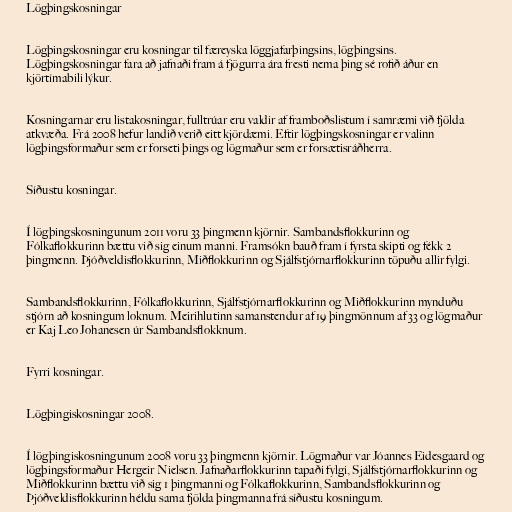
Lögþingskosningar

Lögþingskosningar eru kosningar til færeyska löggjafarþingsins, lögþingsins.
Lögþingskosningar fara að jafnaði fram á fjögurra ára fresti nema þing sé rofið áður en
kjörtímabili lýkur.

Kosningarnar eru listakosningar, fulltrúar eru valdir af framboðslistum í samræmi við fjölda
atkvæða. Frá 2008 hefur landið verið eitt kjördæmi. Eftir lögþingskosningar er valinn
lögþingsformaður sem er forseti þings og lögmaður sem er forsætisráðherra.

Síðustu kosningar.

Í lögþingskosningunum 2011 voru 33 þingmenn kjörnir. Sambandsflokkurinn og
Fólkaflokkurinn bættu við sig einum manni. Framsókn bauð fram í fyrsta skipti og fékk 2
þingmenn. Þjóðveldisflokkurinn, Miðflokkurinn og Sjálfstjórnarflokkurinn töpuðu allir fylgi.

Sambandsflokkurinn, Fólkaflokkurinn, Sjálfstjórnarflokkurinn og Miðflokkurinn mynduðu
stjórn að kosningum loknum. Meirihlutinn samanstendur af 19 þingmönnum af 33 og lögmaður
er Kaj Leo Johanesen úr Sambandsflokknum.

Fyrri kosningar.

Lögþingiskosningar 2008.

Í lögþingiskosningunum 2008 voru 33 þingmenn kjörnir. Lögmaður var Jóannes Eidesgaard og
lögþingsformaður Hergeir Nielsen. Jafnaðarflokkurinn tapaði fylgi, Sjálfstjórnarflokkurinn og
Miðflokkurinn bættu við sig 1 þingmanni og Fólkaflokkurinn, Sambandsflokkurinn og
Þjóðveldisflokkurinn héldu sama fjölda þingmanna frá síðustu kosningum.